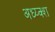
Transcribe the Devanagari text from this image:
अध्य्क्श